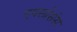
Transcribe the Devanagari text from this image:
एक्स्प्रेसंस